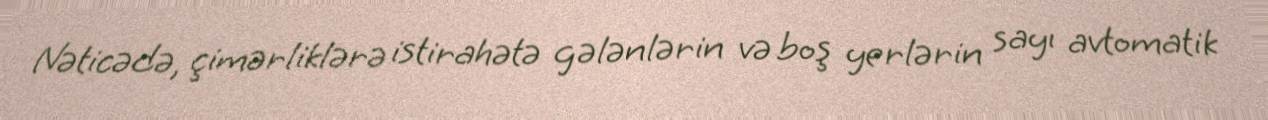
Nəticədə, çimərliklərə istirahətə gələnlərin və boş yerlərin sayı avtomatik